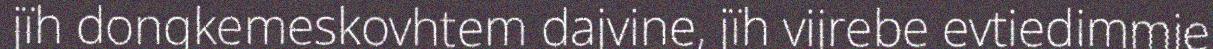
jïh dongkemeskovhtem dajvine, jïh vijrebe evtiedimmie